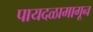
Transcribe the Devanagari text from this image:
पायदळामागून